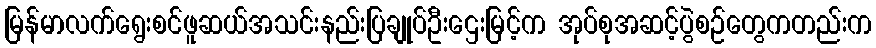
မြန်မာလက်ရွေးစင်ဖူဆယ်အသင်းနည်းပြချုပ်ဦးဌေးမြင့်က အုပ်စုအဆင့်ပွဲစဉ်တွေကတည်းက